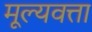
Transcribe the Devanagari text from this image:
मूल्यवत्ता